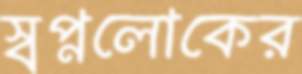
স্বপ্নলোকের